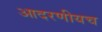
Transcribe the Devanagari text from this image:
आदरणीयच